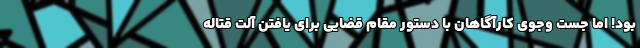
بود! اما جست وجوی کارآگاهان با دستور مقام قضایی برای یافتن آلت قتاله